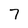
Character: 7